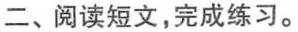
二、阅读短文，完成练习。